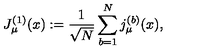
J _ { \mu } ^ { ( 1 ) } ( x ) : = \frac { 1 } { \sqrt { N } } \sum _ { b = 1 } ^ { N } j _ { \mu } ^ { ( b ) } ( x ) ,